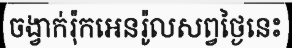
ចង្វាក់រ៉ុកអេនរ៉ូលសព្វថ្ងៃនេះ